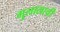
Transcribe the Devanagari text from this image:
गुलालाची